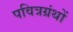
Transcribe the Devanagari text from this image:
पवित्रग्रंथों